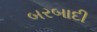
બરબાદી